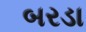
બરડા